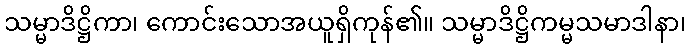
သမ္မာဒိဋ္ဌိကာ၊ ကောင်းသောအယူရှိကုန်၏။ သမ္မာဒိဋ္ဌိကမ္မသမာဒါနာ၊